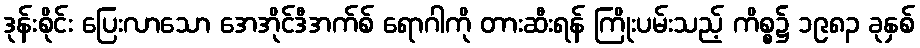
ဒုန်းစိုင်း ပြေးလာသော အေအိုင်ဒီအက်စ် ရောဂါကို တားဆီးရန် ကြိုးပမ်းသည့် ကိစ္စ၌ ၁၉၈၃ ခုနှစ်